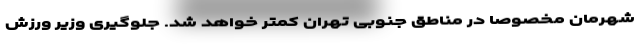
شهرمان مخصوصا در مناطق جنوبی تهران کمتر خواهد شد. جلوگیری وزیر ورزش